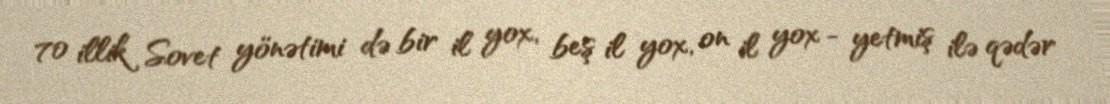
70 illik Sovet yönətimi də bir il yox, beş il yox, on il yox - yetmiş ilə qədər